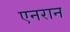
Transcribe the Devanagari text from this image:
एनरान